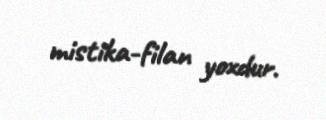
mistika-filan yoxdur.